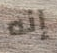
إنه